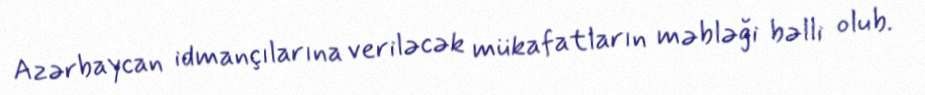
Azərbaycan idmançılarına veriləcək mükafatların məbləği bəlli olub.